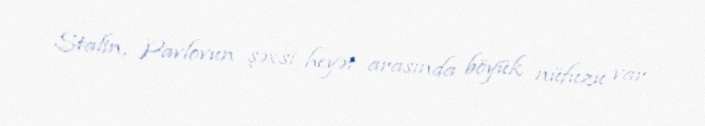
Stalin, Pavlovun şəxsi heyət arasında böyük nüfuzu var.